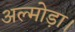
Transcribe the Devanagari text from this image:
अल्मोड़ा।